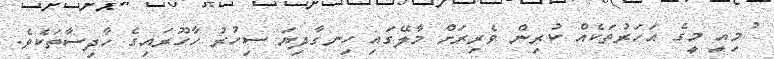
ުުުމިއީ މީގެ އަހަރުތަކެއް ކުރިން ވެރިރަށް މާލޭގައި ހިނގާދިޔަ ސިހުރު ހާހޫރައިގެ ހާދިސާތަކެވެ.